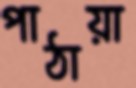
পাঠায়া